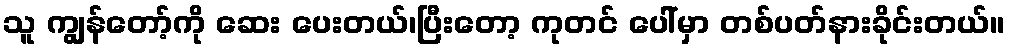
သူ ကျွန်တော့်ကို ဆေး ပေးတယ်၊ပြီးတော့ ကုတင် ပေါ်မှာ တစ်ပတ်နားခိုင်းတယ်။